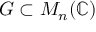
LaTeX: G \subset M _ { n } ( \mathbb { C } )